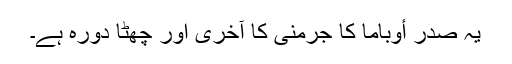
یہ صدر أوباما کا جرمنی کا آخری اور چھٹا دورہ ہے۔